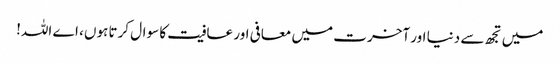
میں تجھ سے دنیا اور آخرت میں معافی اور عافیت کا سوال کرتا ہوں، اے اللہ!